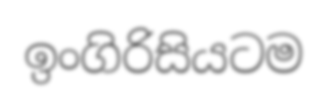
ඉංගිරිසියටම